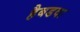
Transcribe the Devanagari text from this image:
हैबडवा